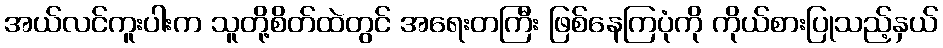
အယ်လင်ကူးပါးက သူတို့စိတ်ထဲတွင် အရေးတကြီး ဖြစ်နေကြပုံကို ကိုယ်စားပြုသည့်နှယ်